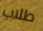
طلاب